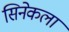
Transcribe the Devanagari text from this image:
सिनेकला